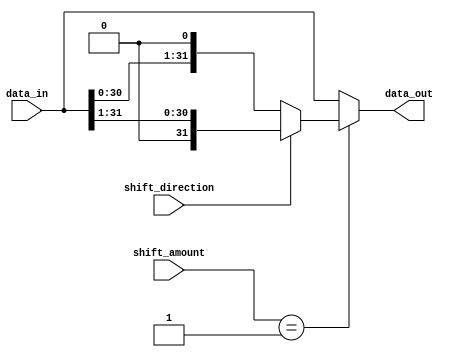
module BarrelShifter (
  input wire [31:0] data_in,
  input wire [4:0] shift_amount,
  input wire shift_direction,
  output reg [31:0] data_out
);

  reg [31:0] stage1_out, stage2_out;

  always @(*) begin
    case(shift_amount)
      5'b00000: stage1_out = data_in; // no shift
      5'b00001: stage1_out = (shift_direction) ? (data_in >> 1) : (data_in << 1); // shift by 1
      // Add more cases for additional shift amounts
      default: stage1_out = data_in; // default to no shift
    endcase
  end

  always @(*) begin
    case(shift_amount)
      // Define the second stage shift operations based on the shift amount
      default: stage2_out = stage1_out; // default to first stage output
    endcase
  end

  // Combine the output of the stages to get the final result
  always @(*) begin
    data_out = stage2_out;
  end

endmodule